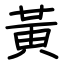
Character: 黃